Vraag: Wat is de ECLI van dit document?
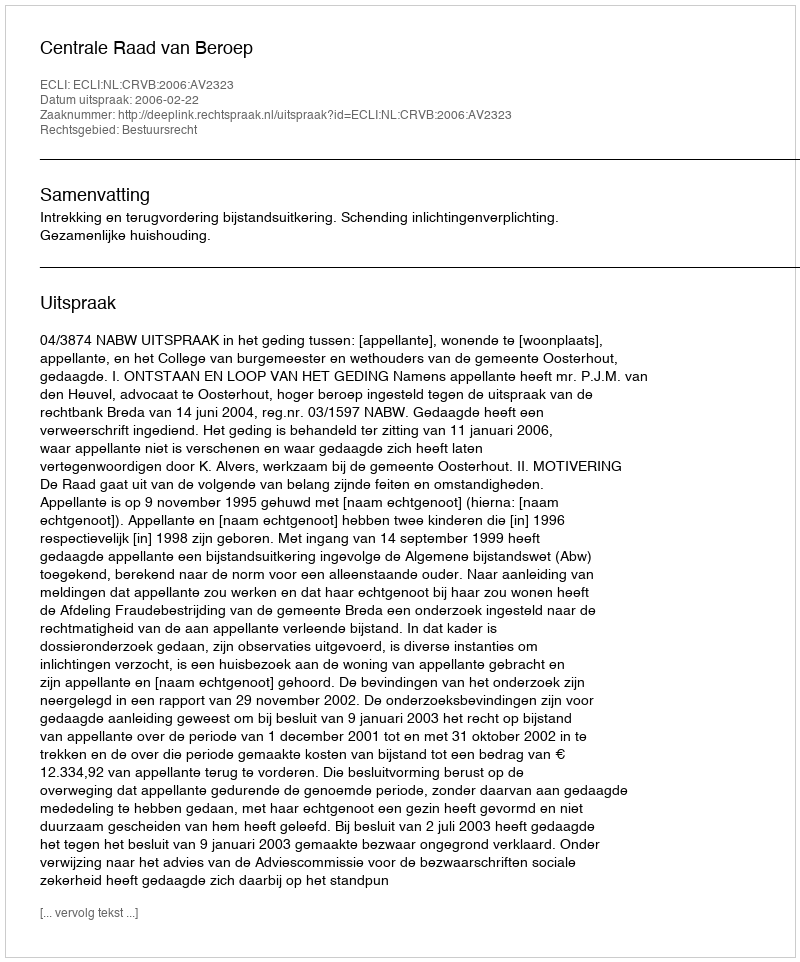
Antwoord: ECLI:NL:CRVB:2006:AV2323